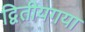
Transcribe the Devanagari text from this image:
द्वितीयगया